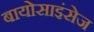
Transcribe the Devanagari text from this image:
बायोसाइंसेज